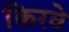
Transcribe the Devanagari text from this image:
किरवे